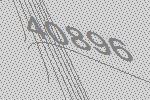
40896